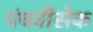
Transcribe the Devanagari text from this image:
पंचवीसेक